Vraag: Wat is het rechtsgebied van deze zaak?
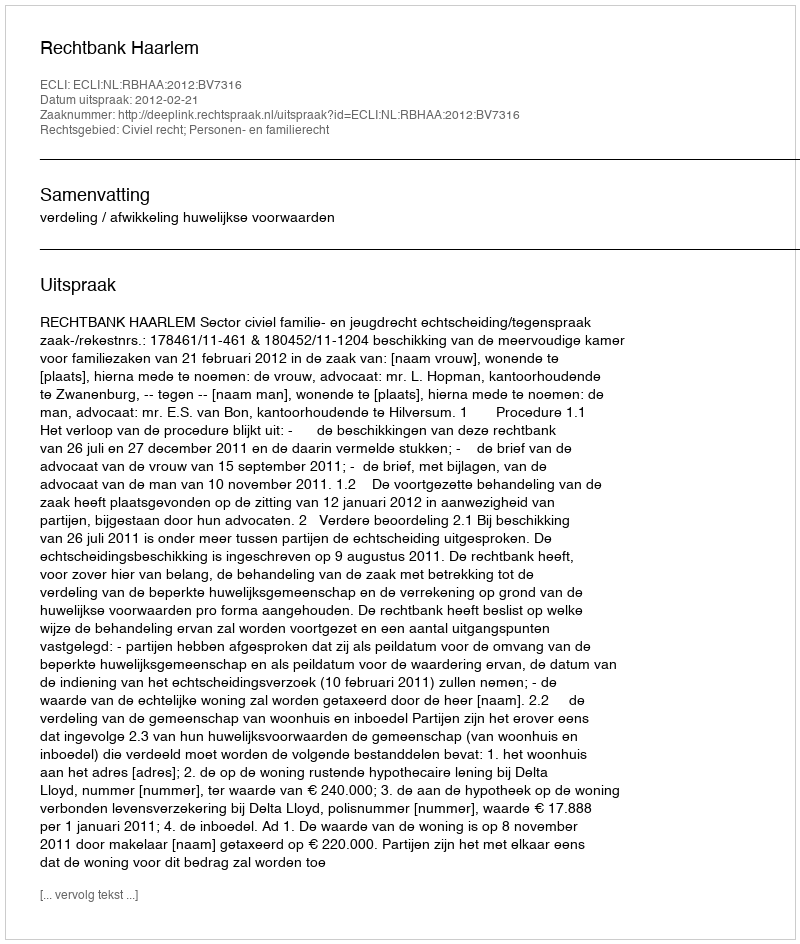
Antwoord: Civiel recht; Personen- en familierecht